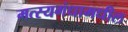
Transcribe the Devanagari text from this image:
मत्स्यगंधामधील